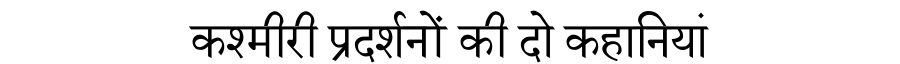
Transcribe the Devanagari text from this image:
कश्मीरी प्रदर्शनों की दो कहानियां